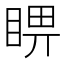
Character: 睤